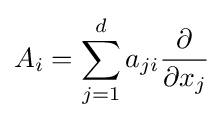
A_{i}=\sum _{j=1}^{d}a_{ji}{\frac {\partial }{\partial x_{j}}}